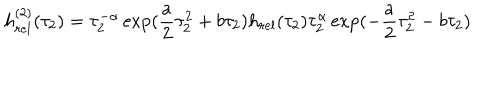
h _ { r e l } ^ { ( 2 ) } ( \tau _ { 2 } ) = \tau _ { 2 } ^ { - \alpha } \exp ( \frac { a } { 2 } \tau _ { 2 } ^ { 2 } + b \tau _ { 2 } ) h _ { r e l } ( \tau _ { 2 } ) \tau _ { 2 } ^ { \alpha } \exp ( - \frac { a } { 2 } \tau _ { 2 } ^ { 2 } - b \tau _ { 2 } )